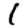
Digit: 1